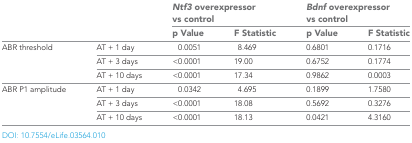
<table><thead><tr><td rowspan="2" colspan="2"></td><td colspan="2"><b><i>Ntf3</i> overexpressor vs control</b></td><td colspan="2"><b><i>Bdnf</i> overexpressor vs control</b></td></tr><tr><td><b>p Value</b></td><td><b>F Statistic</b></td><td><b>p Value</b></td><td><b>F Statistic</b></td></tr></thead><tbody><tr><td rowspan="3">ABR threshold</td><td>AT + 1 day</td><td>0.0051</td><td>8.469</td><td>0.6801</td><td>0.1716</td></tr><tr><td>AT + 3 days</td><td>&lt;0.0001</td><td>19.00</td><td>0.6752</td><td>0.1774</td></tr><tr><td>AT + 10 days</td><td>&lt;0.0001</td><td>17.34</td><td>0.9862</td><td>0.0003</td></tr><tr><td rowspan="3">ABR P1 amplitude</td><td>AT + 1 day</td><td>0.0342</td><td>4.695</td><td>0.1899</td><td>1.7580</td></tr><tr><td>AT + 3 days</td><td>&lt;0.0001</td><td>18.08</td><td>0.5692</td><td>0.3276</td></tr><tr><td>AT + 10 days</td><td>&lt;0.0001</td><td>18.13</td><td>0.0421</td><td>4.3160</td></tr></tbody></table>